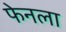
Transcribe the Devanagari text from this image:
फेनला